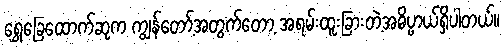
ရွှေခြေထောက်ဆုက ကျွန်တော့်အတွက်တော့ အရမ်းထူးခြားတဲ့အဓိပ္ပာယ်ရှိပါတယ်။